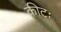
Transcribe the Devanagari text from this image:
कीटः